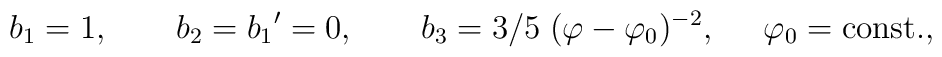
b_{1}=1,\ \ \ \ \ \ b_{2}={b_{1}}^{\prime }=0,\ \ \ \ \ \ b_{3}={3}/{5}\;(\varphi -\varphi _{0})^{-2},\;\;\;\;\;\varphi _{0}=\mbox{const.},